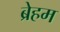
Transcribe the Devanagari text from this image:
ब्रेहम